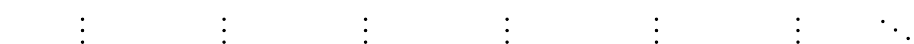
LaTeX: \; \; \; \; \; \; \; \; \; \; \vdots\; \; \; \; \; \; \; \; \; \; \; \; \; \; \; \; \; \vdots\; \; \; \; \; \; \; \; \; \; \; \; \; \; \; \; \; \vdots\; \; \; \; \; \; \; \; \; \; \; \; \; \; \; \; \; \vdots\; \; \; \; \; \; \; \; \; \; \; \; \; \; \; \; \; \; \vdots\; \; \; \; \; \; \; \; \; \; \; \; \; \; \; \; \; \vdots\; \; \; \; \; \; \; \; \; \ddots